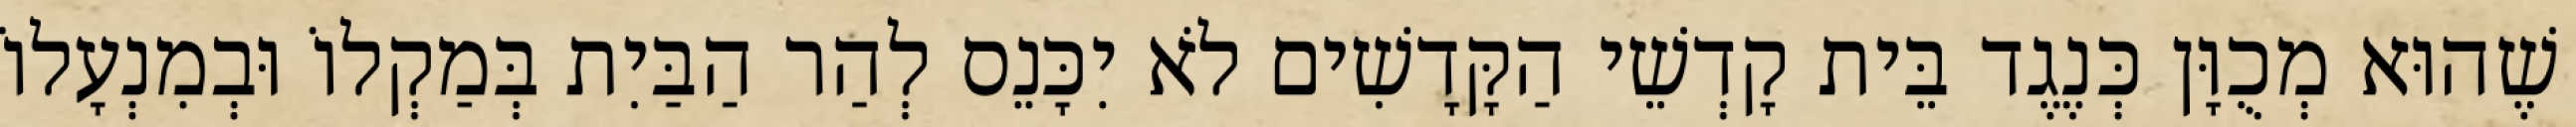
שֶׁהוּא מְכֻוָּן כְּנֶגֶד בֵּית קָדְשֵׁי הַקָּדָשִׁים לֹא יִכָּנֵס לְהַר הַבַּיִת בְּמַקְלוֹ וּבְמִנְעָלוֹ